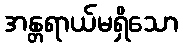
အန္တရာယ်မရှိသော